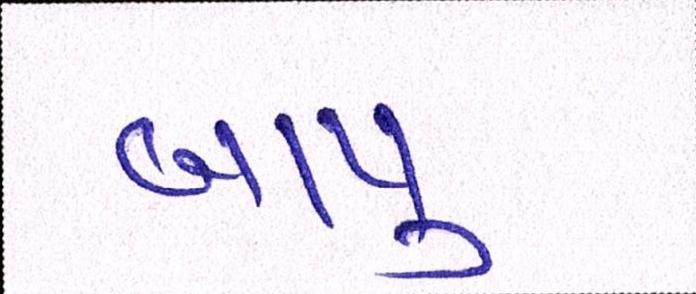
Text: બાપુ